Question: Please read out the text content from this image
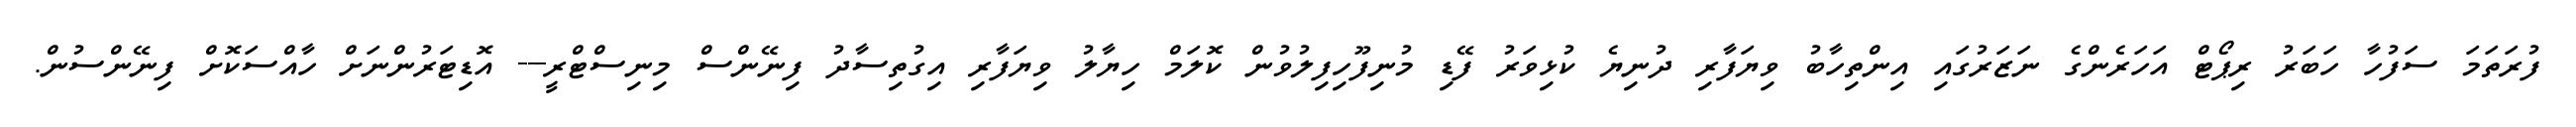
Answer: ފުރަތަމަ ސަފުހާ ހަބަރު ރިޕޯޓް އަހަރެންގެ ނަޒަރުގައި އިންތިހާބު ވިޔަފާރި ދުނިޔެ ކުޅިވަރު ފޭޑި މުނިފޫހިފިލުވުން ކޮލަމް ހިޔާލު ވިޔަފާރި އިގުތިސާދު ފިނޭންސް މިނިސްޓްރީ--- އޮޑިޓަރުންނަށް ހާއްސަކޮށް ފިނޭންސުން.